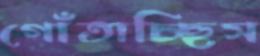
গোঁতাচ্ছিস